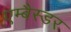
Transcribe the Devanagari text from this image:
एम्बैस्डर